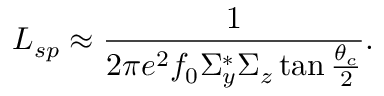
L _ { s p } \approx \frac { 1 } { 2 \pi e ^ { 2 } f _ { 0 } \Sigma _ { y } ^ { * } \Sigma _ { z } \tan \frac { \theta _ { c } } { 2 } } .